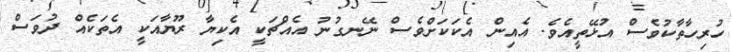
ހުރިހާތާކުވެސް އުޅޭތީއެވެ. އެއިން އެކަކަށްވެސް ނޭނގުނު އެއްޗަކީ އެކިޔާ ރޫޔާއަކީ އެތަކެއް ދުވަސް